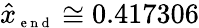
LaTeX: \hat{x}_{{\scriptsize\mathrm{~e~n~d~}}}\cong 0.417306